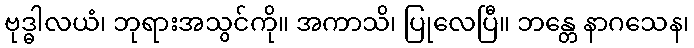
ဗုဒ္ဓါလယံ၊ ဘုရားအသွင်ကို။ အကာသိ၊ ပြုလေပြီ။ ဘန္တေ နာဂသေန၊